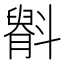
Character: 𫿷